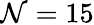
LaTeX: \mathcal{N}=15